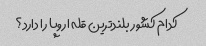
کدام کشور بلندترین قله اروپا را دارد؟